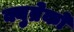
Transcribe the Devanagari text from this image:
क्युब्रेको